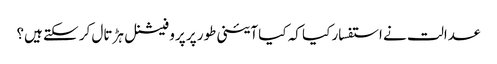
عدالت نے استفسار کیا کہ کیا آئینی طور پر پروفیشنل ہڑتال کر سکتے ہیں؟